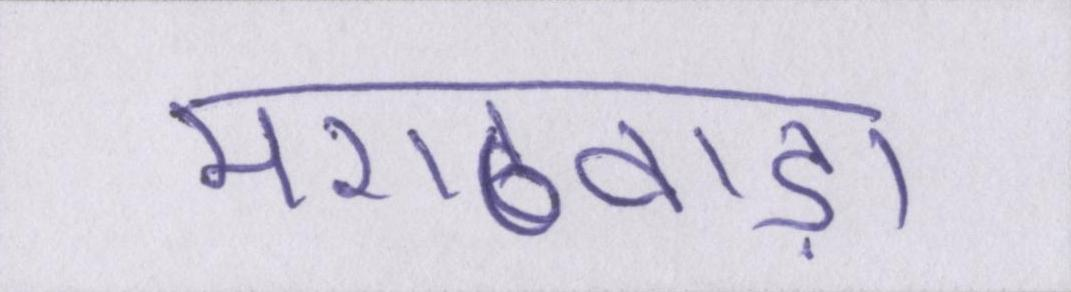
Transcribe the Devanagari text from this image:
मराठवाड़ा